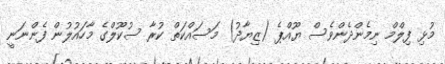
މުޅި ފިލްމް ނިމެންދެންވެސް ޔޫއްޕެ (ޒިޔާދު) މަސައްކަތް ކުރާ ސުކޫލްގެ މާހައުލުން ފެންނަނީ